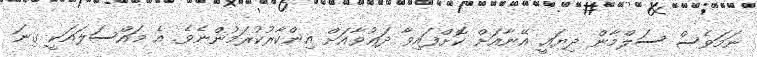
ނަމަވެސް ސަލްމާން ދިޔައީ އޭނާއަށް ކޮށްފައިވާ ދަޢުވާއަށް އިންކާރުކުރަމުންނެވެ. އެ މައްސަލައަކީ ގިނަ